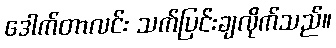
ဒေါက်တာလင်း သက်ပြင်းချလိုက်သည်။